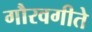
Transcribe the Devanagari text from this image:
गौरवगीते